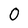
Character: 0